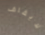
لايقاف